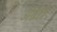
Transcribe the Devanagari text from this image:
अंग्रांत्र